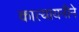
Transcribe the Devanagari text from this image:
कात्यायनीने